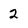
Character: 2